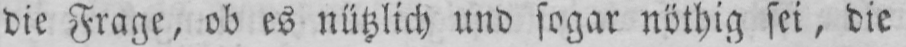
die Frage, ob es nützlich und sogar nöthig sei, die